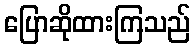
ပြောဆိုထားကြသည်